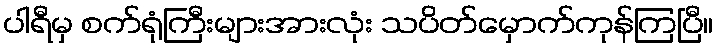
ပါရီမှ စက်ရုံကြီးများအားလုံး သပိတ်မှောက်ကုန်ကြပြီ။